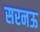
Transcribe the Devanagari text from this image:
सरनऊ